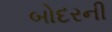
બોદરની